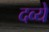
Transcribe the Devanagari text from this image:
दव्ये